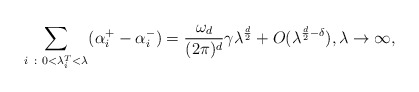
\begin{align*}\sum_{i ~ : ~ 0< \lambda^T_i < \lambda}( \alpha^+_i- \alpha^-_i) = \frac{\omega_d}{(2\pi)^d} \gamma \lambda^{\frac{d}{2}} + O(\lambda^{\frac{d}{2}-\delta}), \lambda \rightarrow \infty,\end{align*}